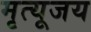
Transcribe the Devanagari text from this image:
मृत्यूजय